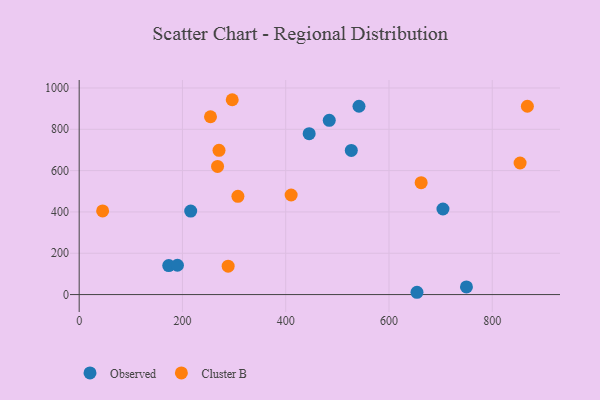
{"axis": {"x": "Experience", "y": "Salary"}, "legend": ["Cluster B", "Observed"], "data": [{"x": "216.0", "y": 404.3, "type": "Observed"}, {"x": "527.0", "y": 697.5, "type": "Observed"}, {"x": "173.4", "y": 140.1, "type": "Observed"}, {"x": "750.0", "y": 36.8, "type": "Observed"}, {"x": "190.3", "y": 141.9, "type": "Observed"}, {"x": "704.5", "y": 414.1, "type": "Observed"}, {"x": "654.2", "y": 11.1, "type": "Observed"}, {"x": "484.3", "y": 843.2, "type": "Observed"}, {"x": "541.9", "y": 911.6, "type": "Observed"}, {"x": "445.4", "y": 778.7, "type": "Observed"}, {"x": "45.4", "y": 404.8, "type": "Cluster B"}, {"x": "868.0", "y": 911.6, "type": "Cluster B"}, {"x": "307.4", "y": 475.3, "type": "Cluster B"}, {"x": "288.5", "y": 137.5, "type": "Cluster B"}, {"x": "296.4", "y": 943.1, "type": "Cluster B"}, {"x": "853.9", "y": 636.9, "type": "Cluster B"}, {"x": "270.8", "y": 698.1, "type": "Cluster B"}, {"x": "254.3", "y": 860.7, "type": "Cluster B"}, {"x": "662.3", "y": 541.6, "type": "Cluster B"}, {"x": "410.5", "y": 481.9, "type": "Cluster B"}, {"x": "268.0", "y": 620.1, "type": "Cluster B"}]}